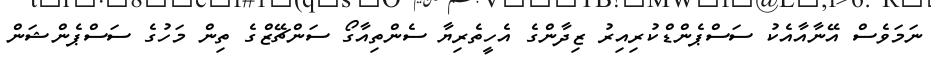
ނަމަވެސް އޭނާއާއެކު ސަސްޕެންޑްކުރިއިރު ޒިދާންގެ އެހީތެރިޔާ ސެންތިއާގޯ ސަންޗޭޒްގެ ތިން މަހުގެ ސަސްޕެންޝަން